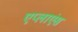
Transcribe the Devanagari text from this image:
एप्लाएंस